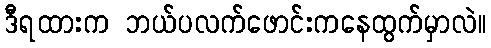
ဒီရထားက ဘယ်ပလက်ဖောင်းကနေထွက်မှာလဲ။